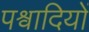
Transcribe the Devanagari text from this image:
पश्वादियों